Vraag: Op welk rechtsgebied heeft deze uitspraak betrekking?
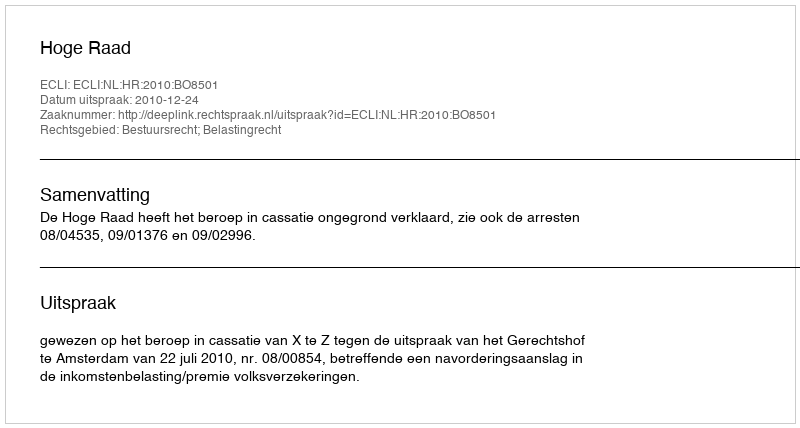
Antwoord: Bestuursrecht; Belastingrecht